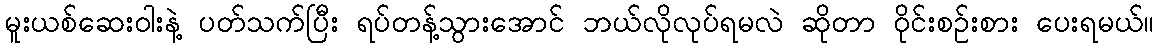
မူးယစ်ဆေးဝါးနဲ့ ပတ်သက်ပြီး ရပ်တန့်သွားအောင် ဘယ်လိုလုပ်ရမလဲ ဆိုတာ ဝိုင်းစဉ်းစား ပေးရမယ်။